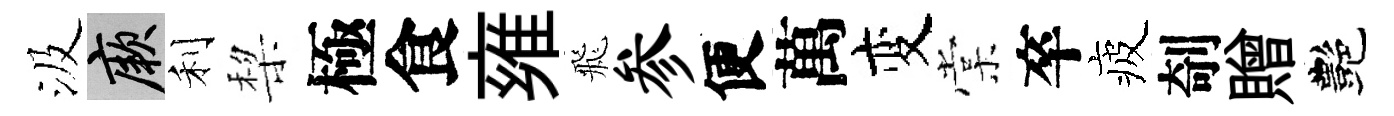
汲厥利棃極食雍飛参便萬变棠卒疲剞贈艷